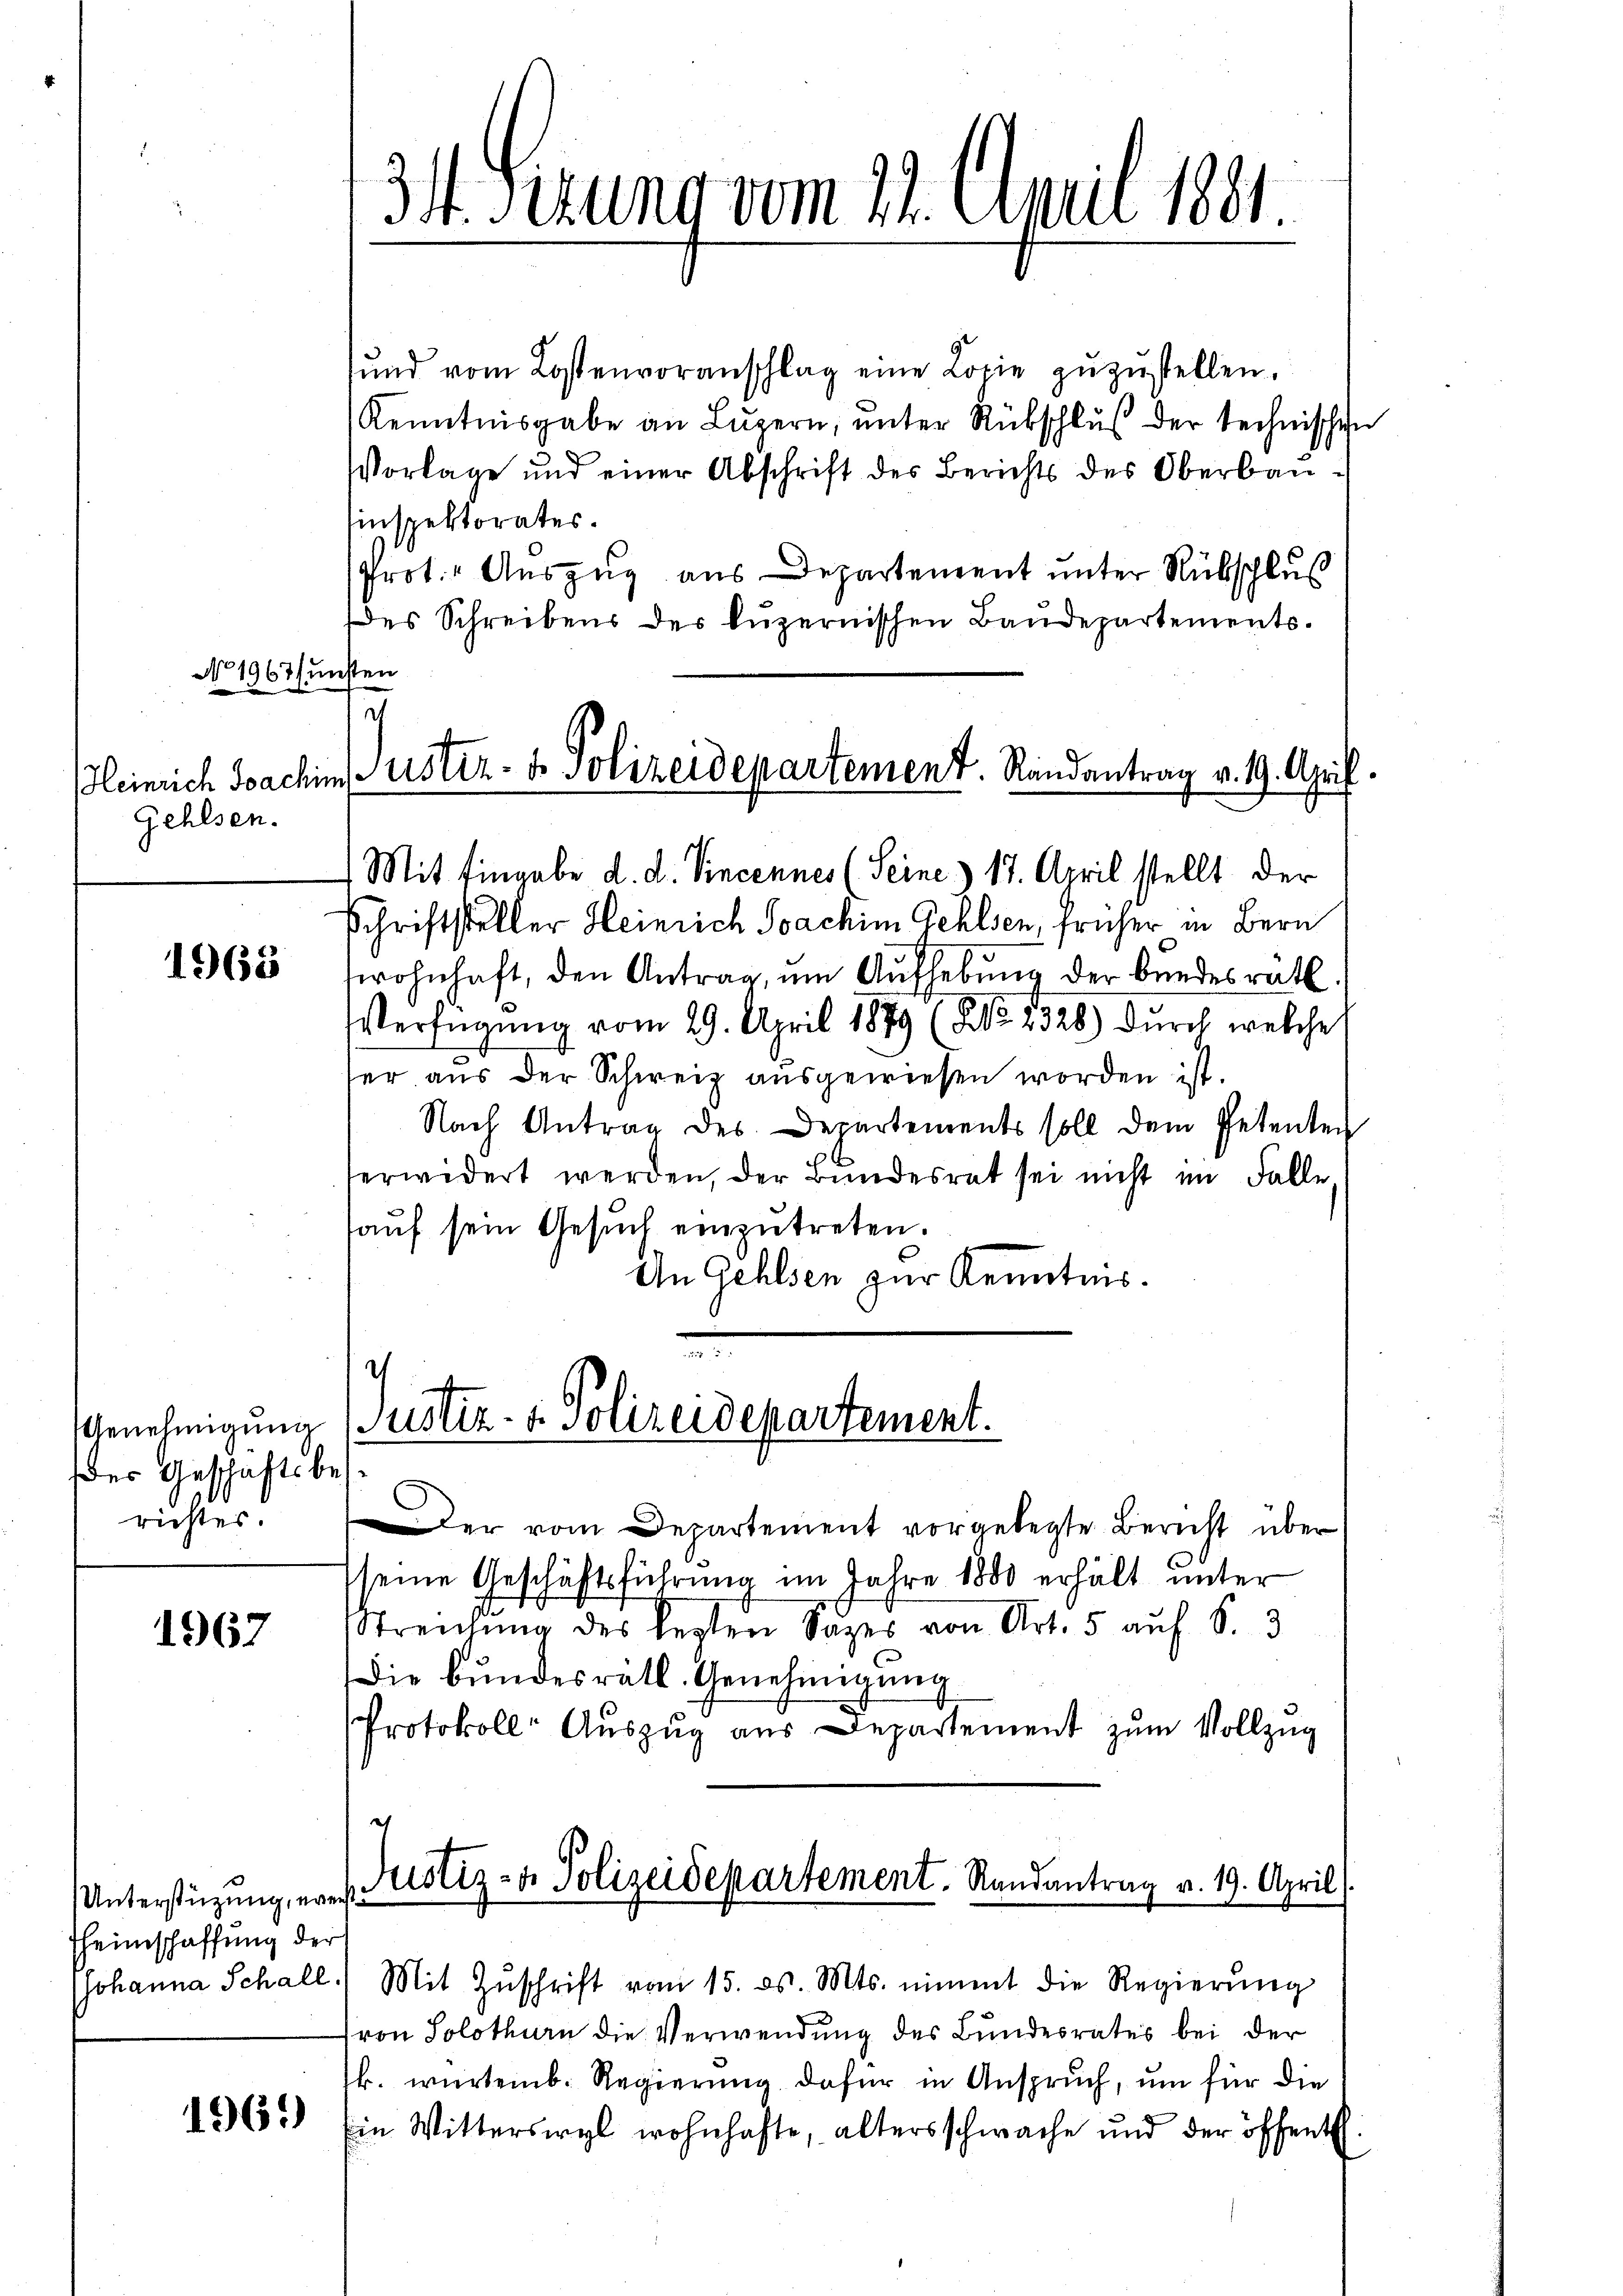
No. 1963 u

Gehlsen.

1965

Genehmigung
der Geschaftsbes
richtes.

1967

Unterstüzung, weiste
heimschaffung der

1965)

34. Sezung vom 11. April 1891.

fŭnd vom Lostenvoranschlag eine Logie zŭzŭstellen.
Kenntnisgabe an Lŭzern, ŭnter Rückschlŭβ der technischen
Vorlage und einer Abschrift des Berichts des Oberbau-
inspektorates.
Prot. Auszug aus Departement unter Rübschluß
es Schreibens des Luzernischen Baudepartements.
ütten
Mit Eingabe d. d. Vincennes (Seine & 17. April stellt der
Schriftsteller Heinrich Joachim Gehlsen, früher in Bern
wohnhaft, den Antrag ŭm Aŭfhebŭng der Bŭndesrath.
Verfügung vom 29. April 1879 (NNo. 2328) durch welche
ser aus der Schweiz ausgewiesen worden ist.
Nach Antrag des Departements soll dem Petenten
erwidert werden, der Bundesrat sei nicht im Falle
auf sein Gesuch einzutreten.
An Gehlsen zur Kenntnis.
.
Justiz- & Polizeidepartement.
Der vom Departement vorgelegte Bericht über
(seine Geschäftsführung im Jahre 1800 erhält unter
Streichŭng des lezten Sages von Art. 5 auf S. 3
Die bundesrätl. Genehmigung
Protokoll Auszug aus Departement zŭm Vollzug
ret
Justiz- & Polizeidepartement. Randantrag v. 19. April

7
Heinrich Joachim Justiz- & Polizeidepartement. Randantrag v. 19. April

Johanna Schall) Mit Zŭschrift vom 15. ds. Mts. nimmt die Regierŭng
von Solothurn die Verwendung des Bundesrates bei der
k. würtemb. Regierung dafür in Anspruch, um für die
Ein Witterswyl wohnhafte, altersschwache und der öffentlch.

c